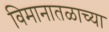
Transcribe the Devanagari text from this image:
विमानातळाच्या